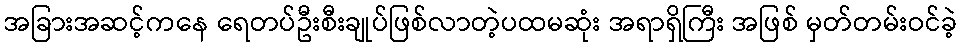
အခြားအဆင့်ကနေ ရေတပ်ဦးစီးချုပ်ဖြစ်လာတဲ့ပထမဆုံး အရာရှိကြီး အဖြစ် မှတ်တမ်းဝင်ခဲ့